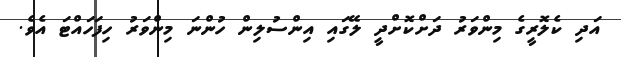
އަދި ކެލޮރީގެ މިންވަރު ދަށްކޮށްދީ ލޭގައި އިންސުލިން ހުންނަ މިންވަރު ހިފަހައްޓަ އެވެ.